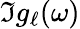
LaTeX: \Im{g_{\ell}(\omega)}